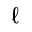
\ell